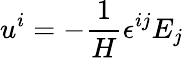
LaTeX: u^{i}=-\frac{1}{H}\epsilon^{ij}E_{j}